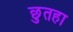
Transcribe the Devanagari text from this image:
छुतहा